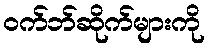
ဝက်ဘ်ဆိုက်များကို